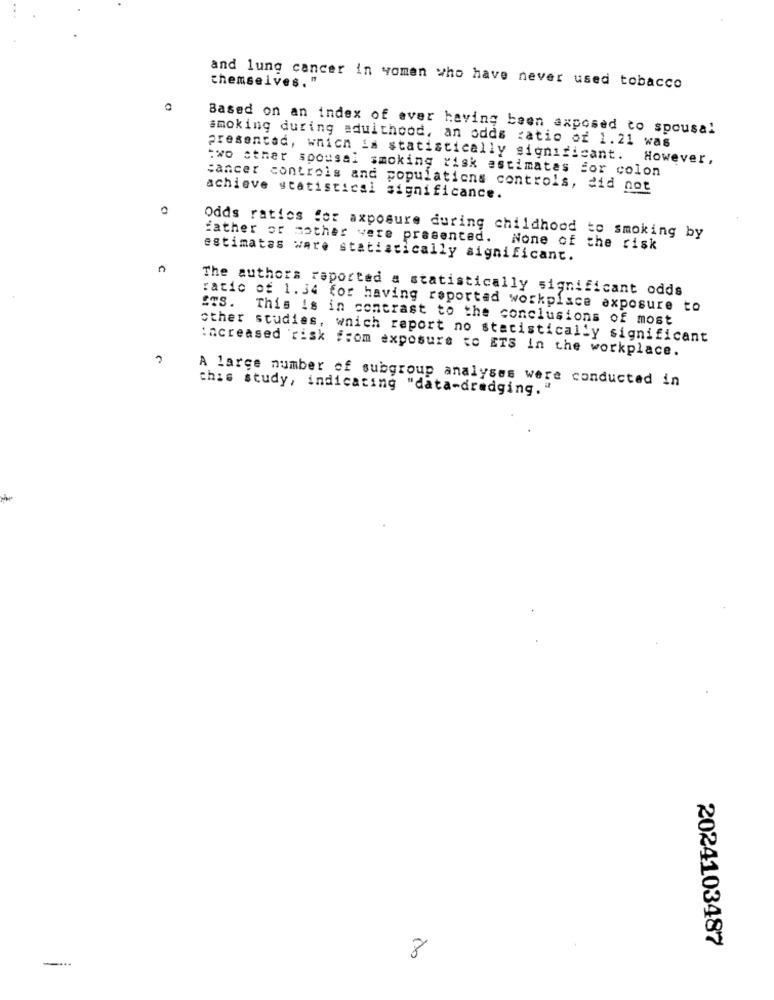
and lung cancer in women who have never used tobacco
themselves.
Based on an index of ever having been exposed to spousal
smoking during adulthood, an odds ratio of 1.21 was
presentad, which is statistically significant. However,
two other spousal smoking tisk estimates for colon
cancer controls and populations controls, did not
achieve statistical significance.
0
Odds ratios for axposure during childhood to smoking by
father or mother vere presented. None of the risk
estimatas ware statistically significant.
C
The authors reported a statistically significant odds
STS.
ratio of 1.34 for having reported workplace exposure to
This is in contrast to the conclusions of most
other studies, which report no statistically significant
increased risk from exposure to ETS in the workplace.
A large number of subgroup analyses were conducted in
this study, indicating "data-dredging."
2024103487
8